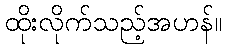
ထိုးလိုက်သည့်အဟန်။